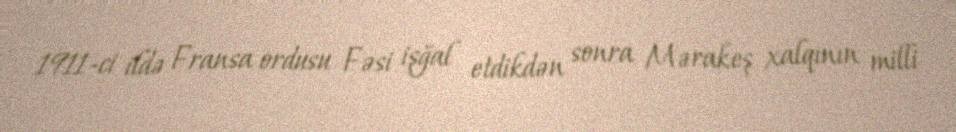
1911-ci ildə Fransa ordusu Fəsi işğal etdikdən sonra Mərakeş xalqının milli